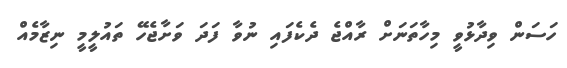
ހަސަން ވިދާޅުވީ މިހާތަނަށް ރާއްޖެ ދެކެފައި ނުވާ ފަދަ ވަށާޖެހޭ ތައުލީމީ ނިޒާމެއް